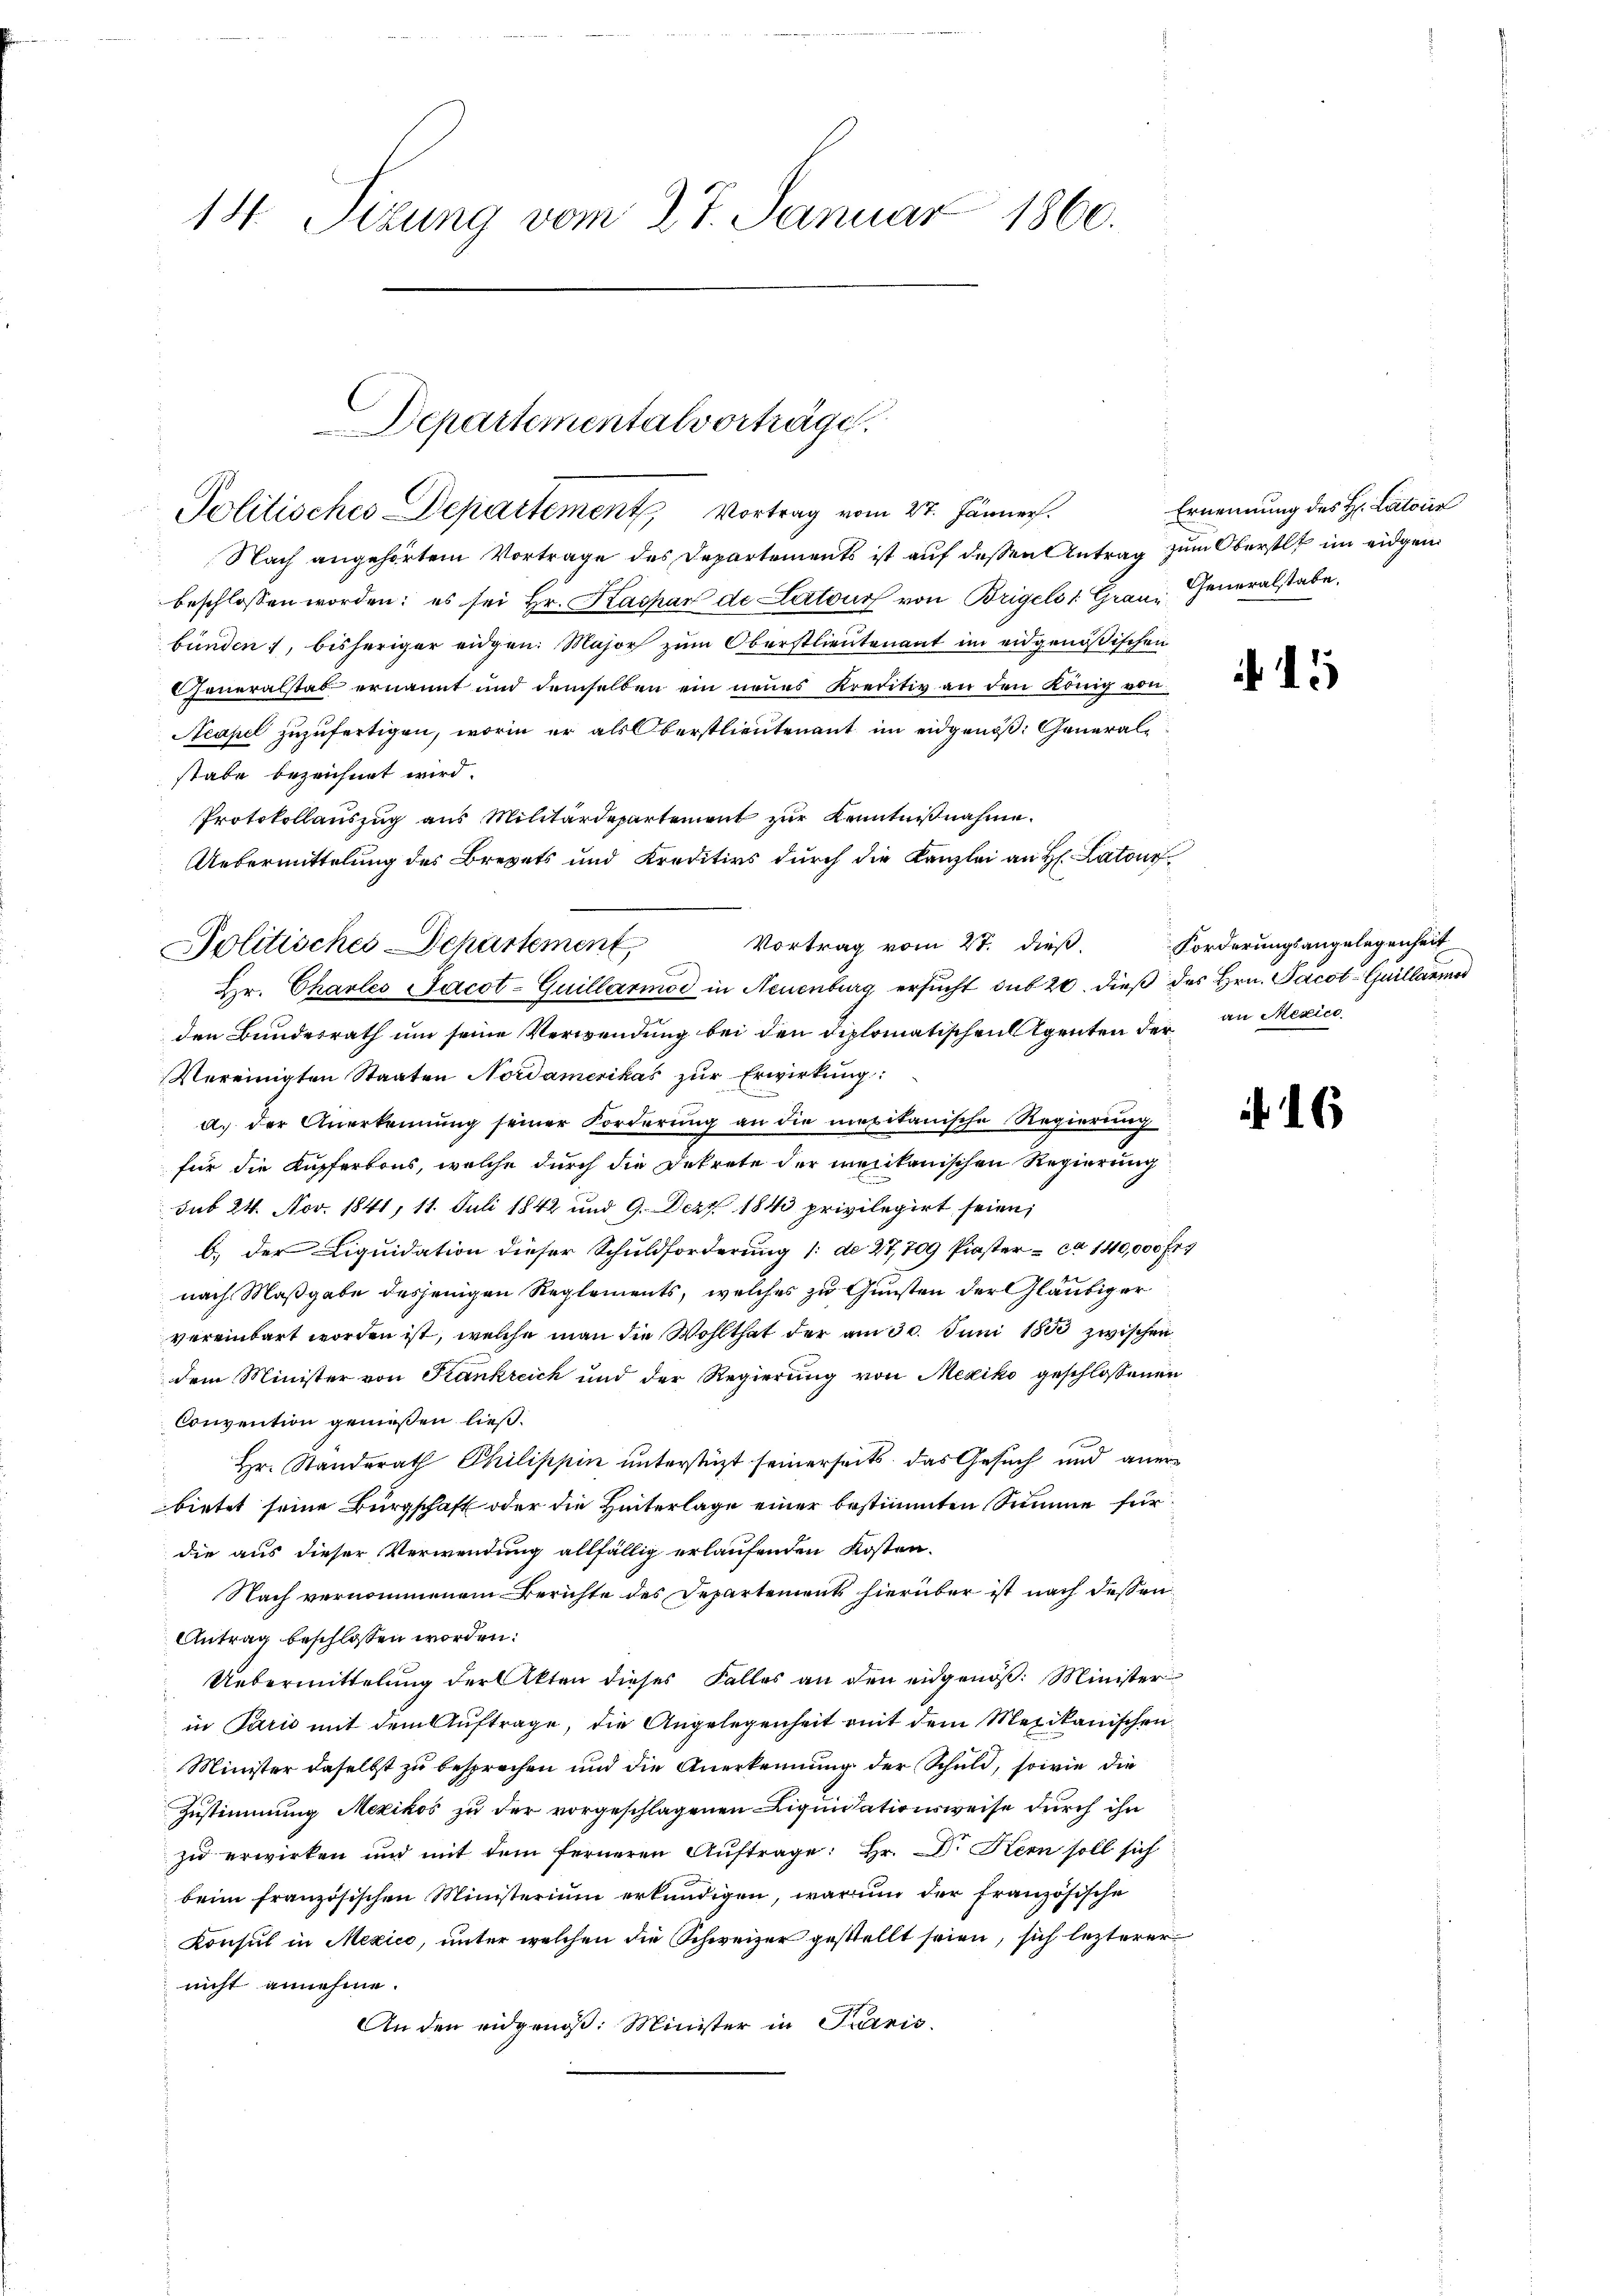
24
14. Sizung vom 27. Januar 1860.

Departemental vorträge.
Politisches Departement, Vortrag vom 27. Jänner.

Nach angehörtem Vortrage des Departements ist auf dessen Antrag zum Oberst im eidgen
beschlossen worden; es sei Hr. Kaspar de Lottoirs von Brigels 1. Grau, Generalstabe,
bünden, bisheriger eidgen. Major zum Oberstlieutenant im eidgenößischen
Generalstab ernannt und demselben ein neues Kreditiv an den König von
Neapel zuzufertigen, worin er als Oberstlieutenant im eidgenöß: Generalstabe bezeichnet wird.
Protokollauszug aus Militärdepartement zur Kenntnißnahme.
Uebermittelung des Brevets und Kreditivs durch die Kanzlei an H. Latour
Vortrag vom 27. dieß.
Hr. Charles Jacot-Guillarmor in Neuenburg ersucht sub 20. dieß des Hrn. Pacot-Quillarmer
den Bundesrath um seine Verwendung bei den diplomatischen Agenten der an Marie
Vereinigten Staaten Nordamerikas zŭr Erwirkung:
a. der Anerkennung seiner Forderŭng an die mexikanische Regierŭng
für die Kuffertons, welche durch die Dekrete der Melkanischen Regierung
sub 24. Nov. 1841, 11. Juli 1842 und 9. Dezz. 1843 privilegirt seien;
b. der Liquidation dieser Schuldforderung /: d. 27,709 Piaster ca 140,000 Fr.
nach Maßgabe desjenigen Reglements, welches zu Gunsten der Gläubiger
vereinbart worden ist, welche man die Wohlthat der am 30. Juni 1852 zwischen
dem Minister von Frankreich und der Regierung von Mexiko geschlossenen
Convention genießen ließ.
Hr. Standerath Philippin unterstützt seinerseits das Gesuch und anerbietet seine Bürgschaft oder die Hinterlage einer bestimmten Summe für
die aus dieser Verwendung allfällig erlaufenden Kosten.
Nach vernommenem Berichte des Departement hierüber ist nach dessen
Antrag beschlossen worden.
Uebermittelung der Akten dieses Falles an den eidgenöß: Minister
in Paris mit dem Auftrage, die Angelegenheit mit dem Mexikanischen
Minister daselbst zu besprechen und die Anerkennung der Schuld, sowie die
Zustimmung Mexikos zu der vorgeschlagenen Liquidationsweise durch ihn
zu erwirken und mit dem ferneren Aŭftrage: Hr. Dr. Kern soll sich
beim französischen Ministerium erkundigen, warum der französische
Konsul in Mexico, unter welchen die Schweizer gestellt seien, sich lezterer
nicht annehme.
An den eidgenoß: Minister in Paris

Politisches Departement

Ernennung des H. Latois

Forderungsangelegenheit

6